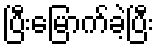
ပြီးမြောက်ခဲ့ပြီး